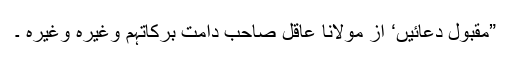
”مقبول دعائیں‘ از مولانا عاقل صاحب دامت برکاتہم وغیرہ وغیرہ ۔